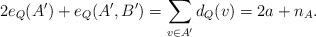
LaTeX: \begin{align*}2e_Q(A') + e_Q(A',B') = \sum_{v \in A'} d_Q (v) = 2a +n_A.\end{align*}